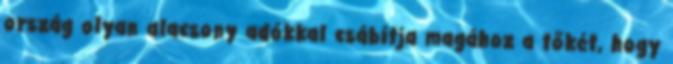
ország olyan alacsony adókkal csábítja magához a tőkét, hogy